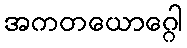
အကတယောဂ္ဂေါ